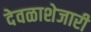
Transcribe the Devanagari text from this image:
देवळाशेजारी